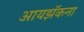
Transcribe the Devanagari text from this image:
आयझॅकना